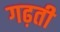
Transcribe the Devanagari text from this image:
गढ़ती